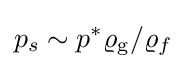
p_{s}\sim p^{*}\varrho _{\text{g}}/\varrho _{f}